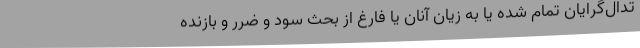
تدال‌گرایان تمام شده یا به زیان آنان یا فارغ از بحث سود و ضرر و بازنده